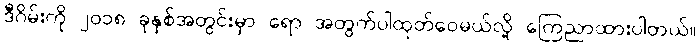
ဒီဂိမ်းကို ၂၀၁၈ ခုနှစ်အတွင်းမှာ ရော အတွက်ပါထုတ်ဝေမယ်လို့ ကြေညာထားပါတယ်။